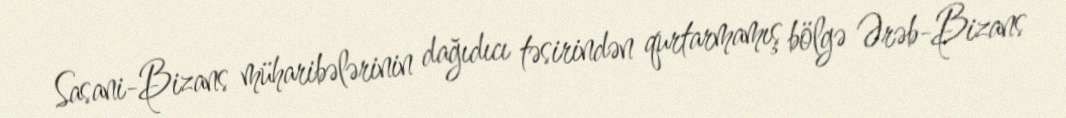
Sasani-Bizans müharibələrinin dağıdıcı təsirindən qurtarmamış bölgə Ərəb-Bizans